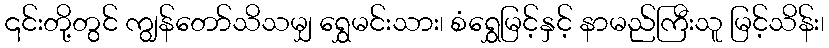
၎င်းတို့တွင် ကျွန်တော်သိသမျှ ရွှေမင်းသား၊ စံရွှေမြင့်နှင့် နာမည်ကြီးသူ မြင့်သိန်း၊